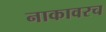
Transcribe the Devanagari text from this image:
नाकावरच